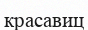
красавиц